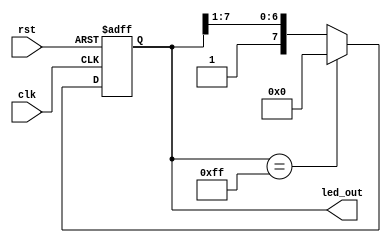
module led_sequencer(
    clk,
    rst,
    led_out
   );
    
    parameter MAX_LENGTH=8;

    input clk,rst;
    output reg[MAX_LENGTH-1:0] led_out;

    always@(posedge clk, posedge rst)
        if(rst)
            led_out <= {MAX_LENGTH{1'b0}};
        else
            if(led_out == {MAX_LENGTH{1'b1}})
                led_out <= {MAX_LENGTH{1'b0}};
            else
                led_out <= {1'b1,led_out[MAX_LENGTH-1:1]};

endmodule